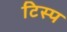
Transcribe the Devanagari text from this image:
टिस्प